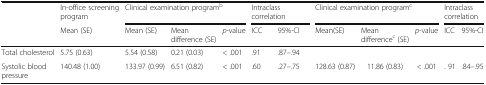
| <ROWSPAN=2>  | In-office screening program | <COLSPAN=3> Clinical examination programb | <COLSPAN=2> Intraclass correlation | <COLSPAN=3> Clinical examination programc | <COLSPAN=2> Intraclass correlation |
 | Mean (SE) | Mean (SE) | Mean difference (SE) | p-value | ICC | 95%-CI | Mean(SE) | Mean differencec (SE) | p-value | ICC | 95%-CI |
 | --- | --- | --- | --- | --- | --- | --- | --- | --- | --- | --- | --- |
 | Total cholesterol | 5.75 (0.63) | 5.54 (0.58) | 0.21 (0.03) | < .001 | .91 | .87–.94 |  |  |  |  |  |
 | Systolic blood pressure | 140.48 (1.00) | 133.97 (0.99) | 6.51 (0.82) | < .001 | .60 | .27–.75 | 128.63 (0.87) | 11.86 (0.83) | < .001 | . 91 | .84–.95 |